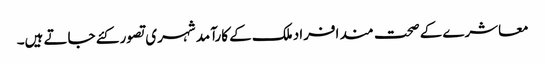
معاشرے کے صحت مند افراد ملک کے کارآمد شہری تصور کئے جاتے ہیں۔